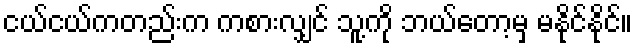
ငယ်ငယ်ကတည်းက ကစားလျှင် သူ့ကို ဘယ်တော့မှ မနိုင်နိုင်။